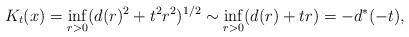
LaTeX: \begin{align*}K_t(x) = \inf_{r > 0} (d(r)^2 + t^2 r^2)^{1/2}\sim\inf_{r > 0} (d(r) + t r)=-d^*(-t),\end{align*}